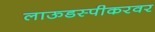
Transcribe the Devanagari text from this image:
लाऊडस्पीकरवर